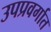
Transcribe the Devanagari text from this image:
उपप्रवर्गात